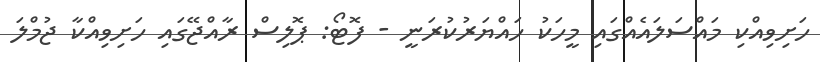
ހަށިވިއްކި މައްސަލައެއްގައި މީހަކު ހައްޔަރުކުރަނީ - ފޮޓޯ: ޕޮލިސް ރާއްޖޭގައި ހަށިވިއްކާ ޖުމްލަ